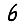
Digit: 6